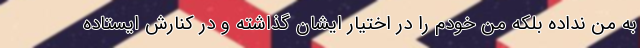
به من نداده بلکه من خودم را در اختیار ایشان‌ گذاشته و در کنارش ایستاده